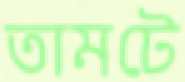
তামটে